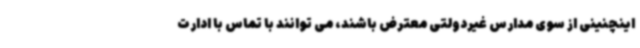
اینچنینی از سوی مدارس غیردولتی معترض باشند، می توانند با تماس با ادارت